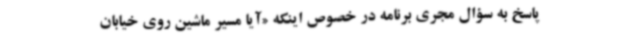
پاسخ به سؤال مجری برنامه در خصوص اینکه «آیا مسیر ماشین روی خیابان